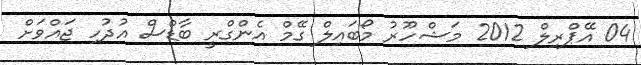
04 އޭޕްރިލް 2012 މަޝްހޫރު މޯބައިލް ގޭމް އެންގްރީ ބާޑްސް އުދުހި ޖައްވަށް